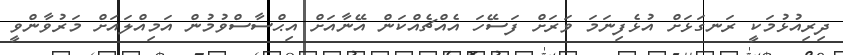
ދިރިއުޅުމަކީ ރަނގަޅަށް އުޅެފިނަމަ ވަރަށް ފަސޭހަ އެއްޗެއްކަން އޭނާއަށް އިޙްސާސްވުމުން އަމިއްލައަށް މަރުވާންވީ